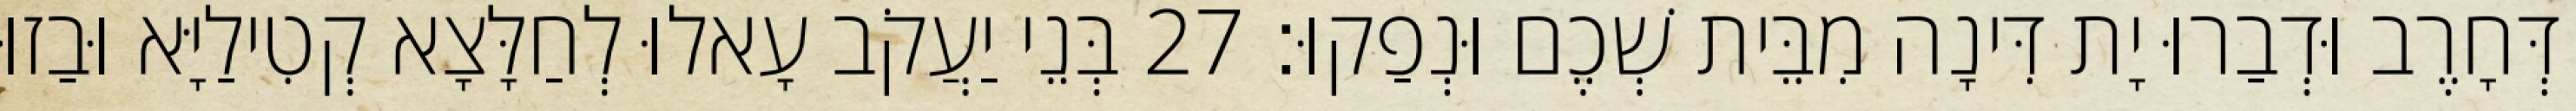
דְּחָרֶב וּדְבַרוּ יָת דִּינָה מִבֵּית שְׁכֶם וּנְפַקוּ׃ 27 בְּנֵי יַעֲקֹב עָאלוּ לְחַלָּצָא קְטִילַיָּא וּבַזוּ